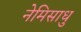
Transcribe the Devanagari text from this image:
नेमिसाधु